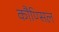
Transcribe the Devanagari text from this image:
कौण्सिल